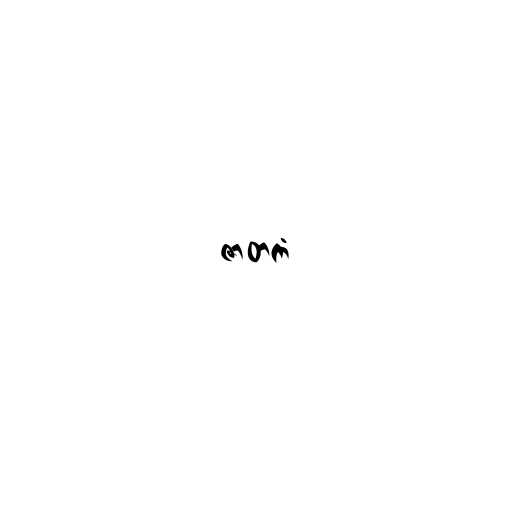
ဇာတကံ